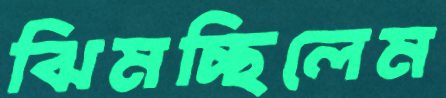
ঝিমচ্ছিলেম